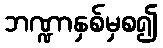
ဘဏ္ဍာနှစ်မှစ၍